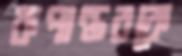
রূপান্তরকে